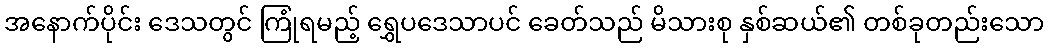
အနောက်ပိုင်း ဒေသတွင် ကြုံရမည့် ရွှေပဒေသာပင် ခေတ်သည် မိသားစု နှစ်ဆယ်၏ တစ်ခုတည်းသော